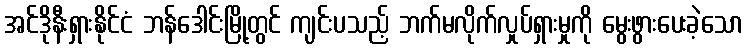
အင်ဒိုနီးရှားနိုင်ငံ ဘန်ဒေါင်းမြို့တွင် ကျင်းပသည့် ဘက်မလိုက်လှုပ်ရှားမှုကို မွေးဖွားပေးခဲ့သော